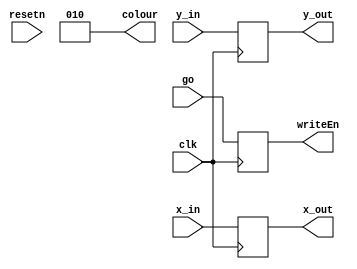
module ball_draw(
	input resetn,
	input clk,
	
	input go,
	
	input [9:0]x_in, y_in,
	output reg writeEn,
	output reg [9:0]x_out, y_out,
	output [2:0]colour
);

	always @(posedge clk)begin
		writeEn <= go;
		x_out <= x_in;
		y_out <= y_in;
	end
	
	assign colour = 3'b010;

endmodule

//module ball_draw(
//	input resetn,
//	input clk,
//	
//	input go,			//loads when 1, draws when 0
//	input [9:0] x_in,
//	input [9:0] y_in, size,
//	
//	output writeEn,
//	output [9:0] x_out,
//	output [9:0] y_out,
//	output [2:0] colour
//	);
//	
//	wire ld_x, ld_y, inc_x, inc_y;
//	wire finished_col, finished_all;
//	
//	b_control c0(
//		.clk(clk),
//		.resetn(resetn),
//		.go(go),
//		.finished_col(finished_col),
//		.finished_all(finished_all),
//		.ld_x(ld_x),
//		.ld_y(ld_y),
//		.inc_x(inc_x),
//		.inc_y(inc_y),
//		.wren(writeEn)
//	);
//	
//	b_datapath D0(
//		.clk(clk),
//		.resetn(resetn),
//		.x_in(x_in),
//		.y_in(y_in),
//		.size(size),
//		.finished_col(finished_col),
//		.finished_all(finished_all),
//		.ld_x(ld_x),
//		.ld_y(ld_y),
//		.inc_x(inc_x),
//		.inc_y(inc_y),
//		.x_out(x_out),
//		.y_out(y_out)
//	);
//	
//	assign colour = 3'b010;
//
//endmodule
//
//module b_control(
//	input clk,
//	input resetn,
//	input go,
//	input finished_all,
//	input finished_col,
//	output reg ld_x, ld_y, inc_x, inc_y,
//	output reg wren
//	);
//	
//	reg [1:0] current_state, next_state;
//
//	localparam 	S_LOAD_XY		= 2'd0,
//					S_LOAD_XY_WAIT	= 2'd1,
//					S_DRAW_COL     = 2'd2,
//					S_INC_COL      = 2'd3;
//					
//	always @(*)
//   begin: state_table 
//			case (current_state)
//					S_LOAD_XY: 			next_state = go ? S_LOAD_XY_WAIT : S_LOAD_XY; // Loop in current state until value is input
//					S_LOAD_XY_WAIT: 	next_state = go ? S_LOAD_XY_WAIT : S_DRAW_COL;
//					S_DRAW_COL: 		next_state = finished_col ? S_INC_COL : S_DRAW_COL;// Keep incrementing and drawing the column until finished.
//               S_INC_COL: 			next_state = finished_all ? S_LOAD_XY : S_DRAW_COL; // we will be done our operations, start over after
//            default:     			next_state = S_LOAD_XY;
//        endcase
//    end // state_table
//	 
//	 always @(*)
//    begin: enable_signals
//        // By default make all our signals 0
//		  ld_x  = 0;
//		  ld_y  = 0;
//		  inc_x = 0;
//		  inc_y = 0;
//		  wren  = 0;
//
//        case (current_state)
//            S_LOAD_XY: begin
//					ld_x  = 1'b1;
//					ld_y  = 1'b1;
//					end
//				S_DRAW_COL: begin
//					wren = 1;
//					inc_y = 1;
//					end
//				S_INC_COL: begin
//					inc_x = 1;
//					end
//        // default:    // don't need default since we already made sure all of our outputs were assigned a value at the start of the always block
//        endcase
//    end // enable_signals
//	 
//	 // current_state registers
//    always@(posedge clk)
//    begin: state_FFs
//        if(!resetn)
//            current_state <= S_LOAD_XY;
//        else
//            current_state <= next_state;
//    end // state_FFS
//	 
//endmodule
//
//module b_datapath(
//	input clk,
//	input resetn,
//	input [9:0]x_in, y_in, size,
//	input ld_x, ld_y, inc_x, inc_y,
//	output reg [9:0]x_out,
//	output reg [9:0]y_out,
//	output reg finished_col,
//	output reg finished_all
//	);
//	
//	reg [9:0] x, qx;
//	reg [9:0] y, qy;
//	
//	always @ (posedge clk) begin
//		if(!resetn) begin
//			x  <= 10'b0;
//			y  <= 10'b0;
//			qx <= 10'b0;
//			qy <= 10'b0;
//			finished_col <= 0;
//			finished_all <= 0;
//		end
//		else begin
//			if(ld_x)begin
//				x  <= x_in;
//				qx <= size - 1;
//				finished_col <= 0;
//				finished_all <= 0;
//			end
//			
//			if(ld_y)begin
//				y  <= y_in;
//				qy <= size - 1;
//				finished_col <= 0;
//				finished_all <= 0;
//			end
//			
//			if(inc_x)begin
//				qx <= qx - 1;
//				qy <= size - 1;
//				if(qx - 1 == 10'd0)
//					finished_all <= 1;
//				
//				finished_col <= 0;
//			end
//			
//			if(inc_y)begin
//				qy <= qy - 1;
//				if(qy - 1 == 10'd0)
//					finished_col <= 1;
//			end
//		end
//	end
//	
//	always @ (*) begin
//		x_out = x + qx;
//		y_out = y + qy;
//	end
//	
//endmodule